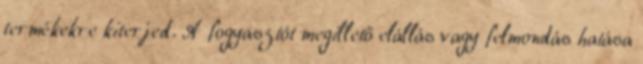
termékekre kiterjed. A fogyasztót megillető elállás vagy felmondás hatása